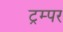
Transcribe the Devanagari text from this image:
ट्रम्पर